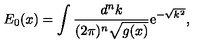
E _ { 0 } ( x ) = \int \frac { d ^ { n } k } { ( 2 \pi ) ^ { n } \sqrt { g ( x ) } } \mathrm { e } ^ { - \sqrt { k ^ { 2 } } } ,